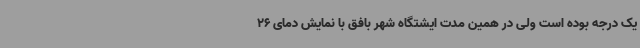
یک درجه بوده است ولی در همین مدت ایشتگاه شهر بافق با نمایش دمای 26